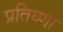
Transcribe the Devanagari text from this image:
प्रतिघ्णा